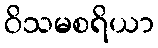
ဝိသမစရိယာ